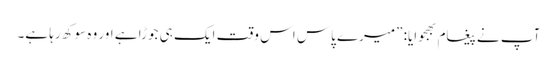
آپ نے پیغام بھجوایا: ”میرے پاس اس وقت ایک ہی جوڑا ہے اور وہ سوکھ رہا ہے۔